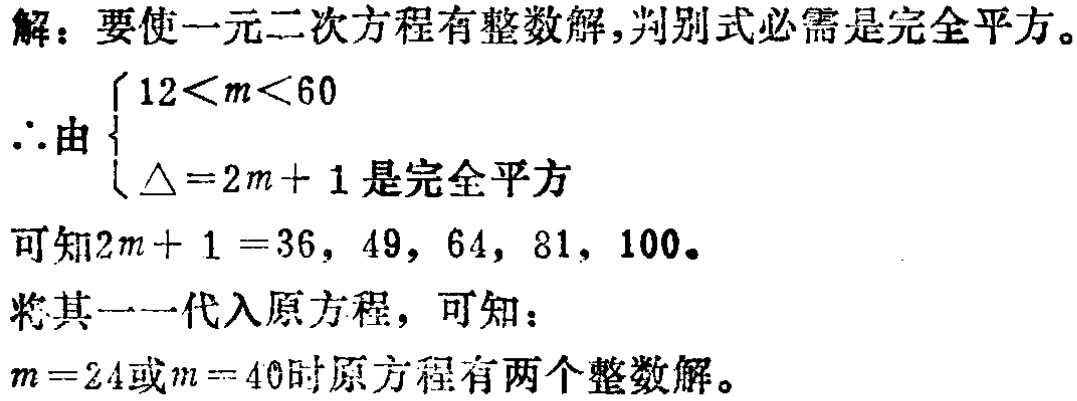
解：要使一元二次方程有整数解,判别式必需是完全平方。
\(\therefore\)由\(\begin{cases}
12<m<60 \\
\Delta = 2m + 1\text{ 是完全平方}
\end{cases}\)
可知\(2m + 1 = 36,49,64,81,100\)。
将其一代入原方程，可知：
\(m = 24\)或\(m = 40\)时原方程有两个整数解。